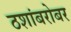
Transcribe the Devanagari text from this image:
ठशांबरोबर